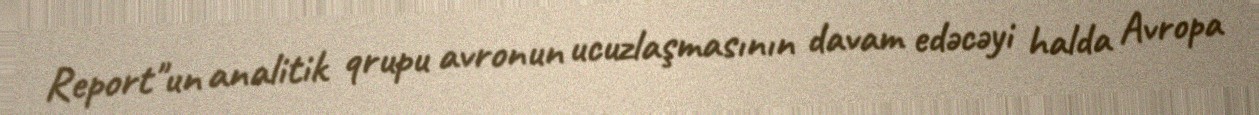
Report"un analitik qrupu avronun ucuzlaşmasının davam edəcəyi halda Avropa